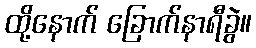
ထို့နောက် ခြောက်နာရီခွဲ။